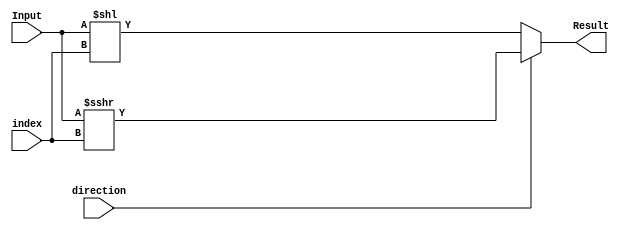
// shifter unit
/////////////////////////////////changed, delete arithmatic shifter
module Shifter(Input, index, direction, Result);
   input  [31:0] Input;        // Input of shifter
   input [4:0] index; // how many bits
   input direction; // input direction, 0 left 1 right
   output [31:0] Result;

   reg[31:0] Result;

   always@(*)
	begin
	   if(!direction)
	      begin
		Result=Input<<index;
	      end
	   else
	      begin
		Result = $signed(Input)>>>index;
	      end
	   end
endmodule